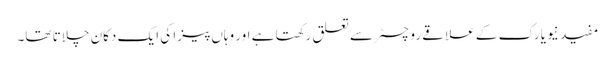
مفید نیویارک کے علاقے روچسٹر سے تعلق رکھتا ہے اور وہاں پیزا کی ایک دکان چلاتا تھا۔